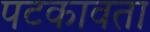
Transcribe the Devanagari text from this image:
पटकावता